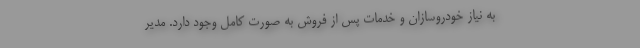
به نیاز خودروسازان و خدمات پس از فروش به صورت کامل وجود دارد. مدیر